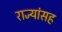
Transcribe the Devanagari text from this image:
राज्यांसह